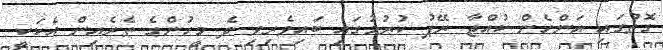
ގޮތުގައި އަންހެން ކުއްޖާ ރޭޕު ކުރުމުގައި ބައިވެރިވި ދެ މީހުންގެ ތެރެއިން އެކަކީ